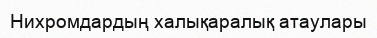
Нихромдардың халықаралық атаулары